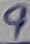
Text: 9